Scottish Leaving Certificate Examination, 1957
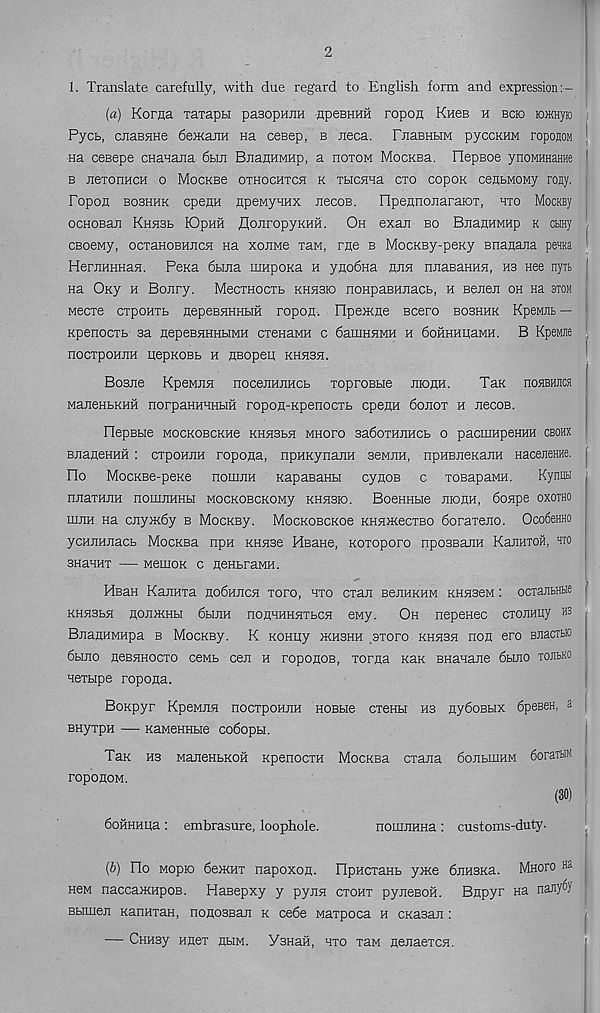
2
1. Translate carefully, with due regard to English form and expression:-
(«) Korna TaxapH pasopniiH hpsbhhh ropon Kh6b h bcio KnKHyio
Pycb, cjiassiHe 6emajm Ha cesep, b neca. PnaBHbiM pyccKHM roponoM !
Ha cesepe CHanana 6bm BnaHHMHp, a hotom MocKBa. IlepBoe ynoMHHSHHe 1
b jiexonHCH o MocKBe othochtch k TbicHHa cto copoK cenbMOMy roily.
Fopon bobhhk cpenH npeMyHHx jiecoB. FIpennojiaraioT, hto MocKBy
ocHOBaji RnsiSb lOpuft flonropyKHH. Oh exan bo BnanHMHp k ctmy ,
CBoewy, ocxaHOBHJicH na xoumb xaw, rne b MocKBy-peKy enanajia penna
HernHHHasi. Pena 6bma iiinpoKa h ynodna hjih nnaBaHHH, hs nee nyit [
na Oxy h Bonry. MecxHocxb khhbio noHpaBHnacb, h Benea oh Ha stom
Mecxe cxpoHTb nepeBHHHHH ropon. ripe>Kne Bcero bobhhk KpeMiib —
Kpenocxb sa nepeBHHHbiMH cxenaMH c damnaMH h 6oHHHHaMH. B Kpewre
nocxpoHUH qepKOBb h nBopeu; khhsh.
Bosne KpewnH nocenHiiHCb xoproBbie nionH.
Tax noHBHJica
ManenbKHH norpaHHHHbifi ropon-xpenocxb cpenH 6ojiot h JiecoB.
OepEbie MOCKOBCKHe KHHSbH MHOFO 3a60THJIHCb O paCIHHpeHHH CBOHX
BjianeHHH : cxpoHJiH ropona, npHxynanH seMira, npHBaexajiH Hacenerae. |
Oo MocxBe-pexe nomnH xapaBanbi cynoB c xosapaMH.
Kynuu
nnaxHJiH nonuiHHbi MocxoBcxoMy khhbio. BoeHHbie monn, 6oape oxotho
ihjih na cnyaxdy b MocxBy. MocxoBcxoe KHaoxecTBO doraxeno. OcofieHHO
ycHaHnacb MocxBa npn XHaae HBaHe, xoxoporo npossajiH KanHTOH, hto
SHaHHT
MeiHOK C ASHbraMH.
HfiaH KajiHxa ho6hjich xoro, hto cxan BenHKHM KHSJseM: ocxantHbie ■ '
KHHSba nojDKHH 6hiih nonHHHHTbCH ewy. Oh nepenec CTOUHHy H3
BaanHMHpa b MocxBy. K xoHKy okhshh sxoro khhsh non ero BJiacrbio
6bmo neBHHoexo ceMb cen h roponoB, xorna xax BHanaiie dtuio TOJibKO i
Hexbipe ropona.
Boxpyr Kpewna nocxpoHjiH HOBbie cxenbi hs nydoBbix dpeseH, a
BHyxpH — xaMeHHbie codopu.
Tax hs ManeHbxoH xpenocxH MocxBa cxana donbuiHM doran® j
roponoM.
(30)
doHHHija : embrasure, loophole.
noimiHHa : customs-duty.
(b) Ho Mopio deTKHx napoxon. OpHcxanb yoxe djiHSxa. Mnoro Ha
new naccaxinpoB. Hasepxy y pynsi ctoht pyneBOH. Bnpyr na nanyfi)
Bbimen xanuxaH, nonosBan x cede waxpoca h cxasan :
— Cnnsy nnex hhm. VsHaii, hto xaw nenaexcH.